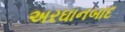
અરઘાનબાદ